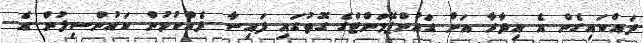
ދައްކައިގެން އެ އިދާރާ އަށް ޑައުންޕޭމަންޓްގެ ގޮތުގައި ފައިސާ ދެއްކުމުން ކައުންސިލުން އެ